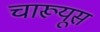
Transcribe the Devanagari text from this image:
चारूयूस